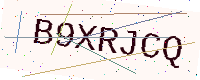
Text: B9XRJCQ